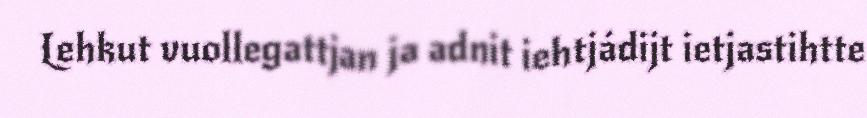
Lehkut vuollegattjan ja adnit iehtjádijt ietjastihtte